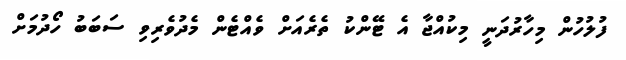
ފުލުހުން މިހާރުދަނީ މިކުއްޖާ އެ ޓޭންކު ތެރެއަށް ވެއްޓެން މެދުވެރިވި ސަބަބު ހޯދުމަށް